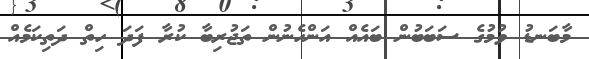
މާބަނޑު ވުމުގެ ސަބަބުން ބައެއް އަންހެނުން ތަޖުރިބާ ކުރާ ފަދަ ހިތް ދަތިކަމެއް